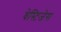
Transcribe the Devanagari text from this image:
वेस्टिजेस